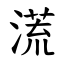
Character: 㵁